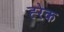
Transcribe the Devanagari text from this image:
ह्‍रेक